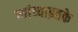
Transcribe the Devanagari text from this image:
त्यांच्याइतके